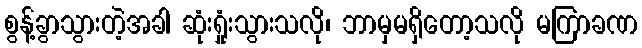
စွန့်ခွာသွားတဲ့အခါ ဆုံးရှုံးသွားသလို၊ ဘာမှမရှိတော့သလို မကြာခဏ